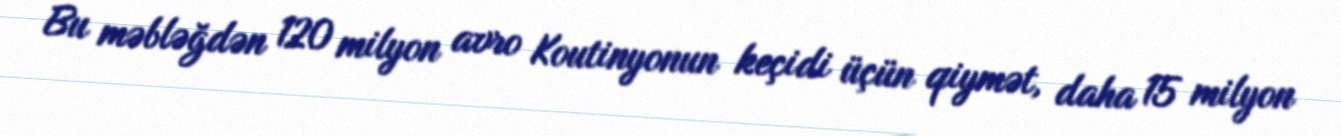
Bu məbləğdən 120 milyon avro Koutinyonun keçidi üçün qiymət, daha 15 milyon